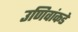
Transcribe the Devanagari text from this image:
उणिवांकडे